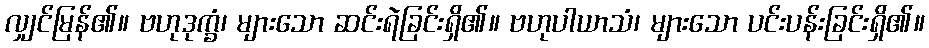
လျှင်မြန်၏။ ဗဟုဒုက္ခံ၊ များသော ဆင်းရဲခြင်းရှိ၏။ ဗဟုပါယာသံ၊ များသော ပင်းပန်းခြင်းရှိ၏။